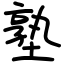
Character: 塾